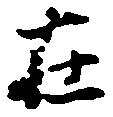
在